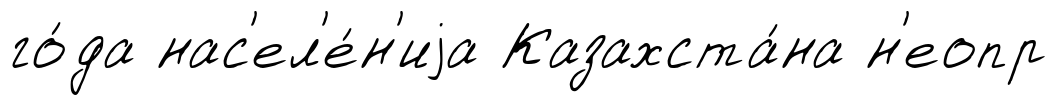
го́да нас'ел'е́н'иjа Казахста́на н'еопр